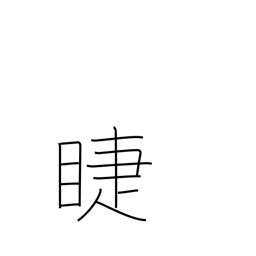
Meaning: eyelashes